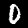
Digit: 0